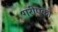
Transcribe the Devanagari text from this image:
गरीएको